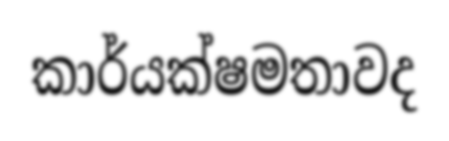
කාර්යක්ෂමතාවද